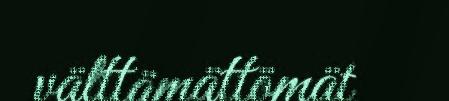
välttämättömät.